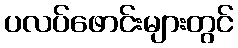
ပလပ်ဖောင်းများတွင်